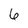
Character: 6